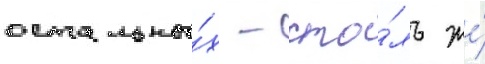
остальны́х - сто́ль же́